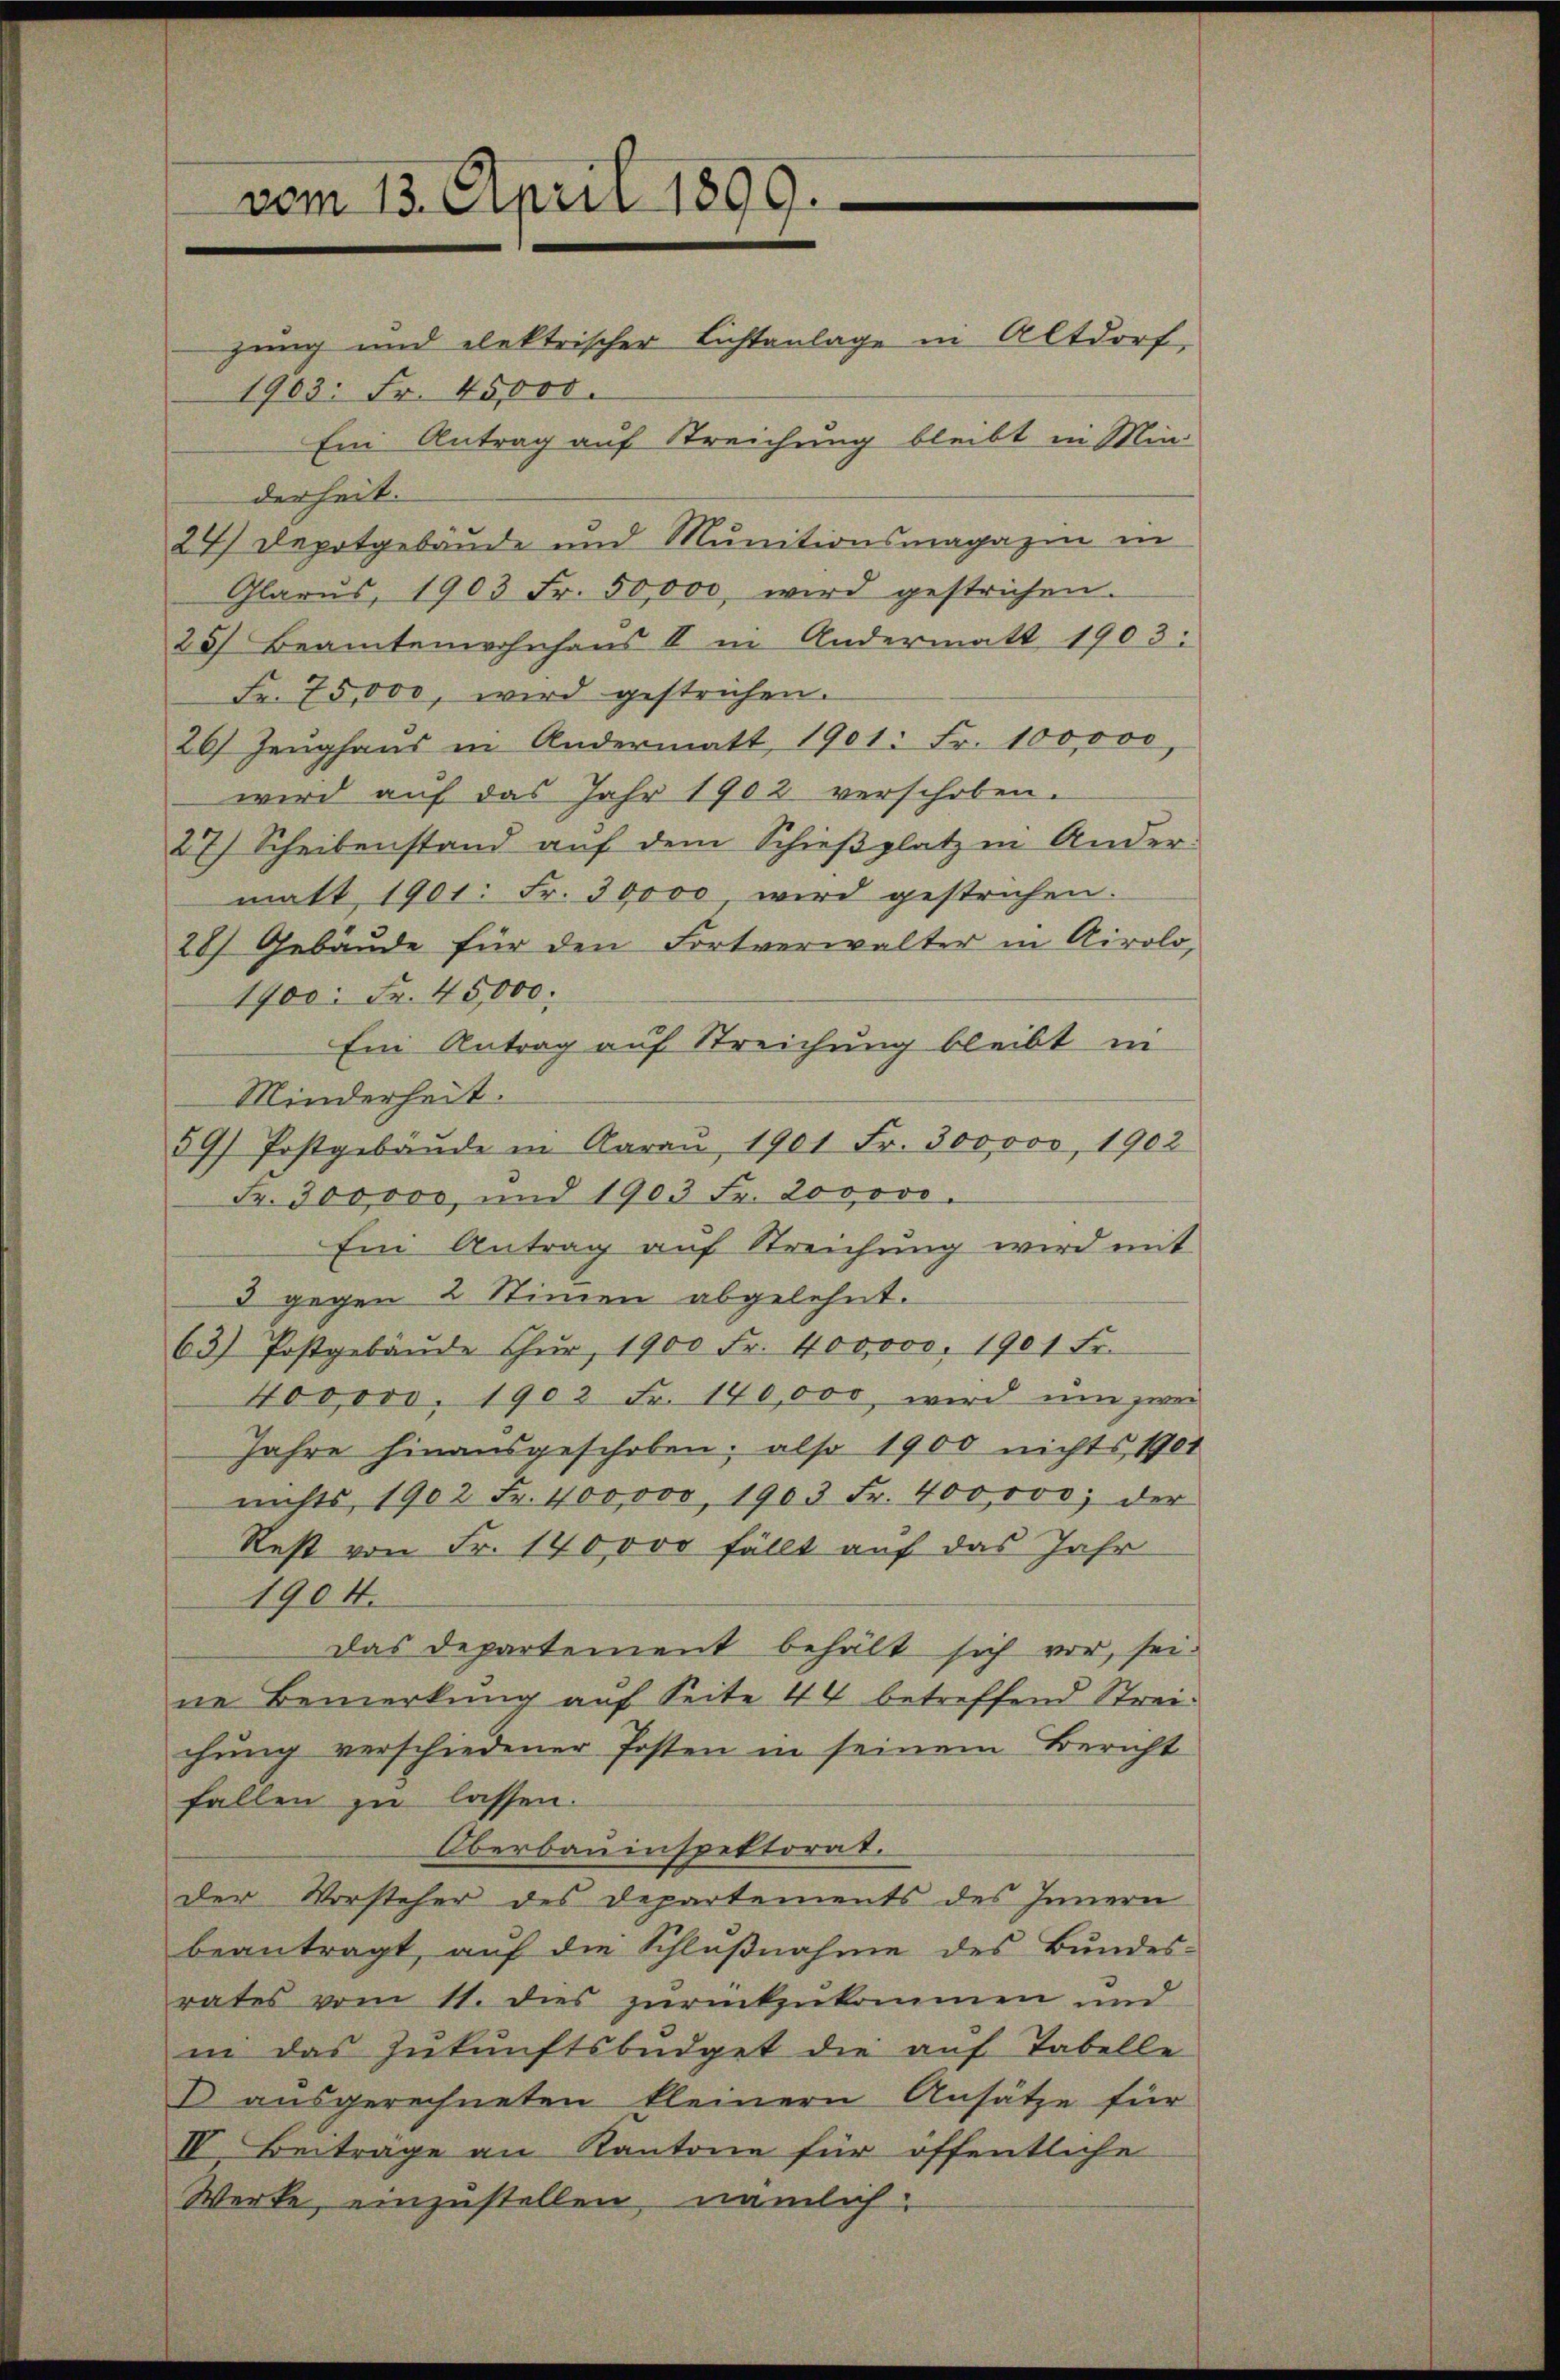
vom 13. April 1899.
zung und elektrischer Lichtanlage in Altdorf,
1903: Fr. 45,000.
Ein Antrag auf Streichung bleibt in Min

derheit.
24) Depotgebäude und Munitionsmagazin in
Glarus, 1903 Fr. 50,000, wird gestrichen.
25) Beamtenwohnhaus II in Andermatt 1903.
Fr. 75,000, wird gestrichen.
26) Zeughaus in Andermatt, 1901: Fr. 100,000
wird auf das Jahr 1902 verschoben.
27) Scheibenstand auf dem Schießplatz in Ander:
matt 1901: Fr. 30000 wird gestrichen.
28) Gebäŭde für den Fortverwalter in Airolo,
1900. Fr. 45,000.
Ein Antrag auf Streichung bleibt in
Minderheit.
59/ Postgebäŭde in Aarau 1901 Fr. 300,000, 1902
Fr. 300,000, und 1903 Fr. 200,000.
Ein Antrag auf Streichung wird mit
3 gegen 2 Stimmen abgelehnt.
63) Postgebäŭde Chŭr, 1900 Fr. 400000. 1901 Fr.
400000. 1902 Fr. 140,000, wird ŭm zwei
Jahre hinausgeschoben; also 1900 nichts 1901
nichts 1902 Fr. 400,000, 1903 Fr. 400,000, der
Rest von Fr. 140000 fällt auf das Jahr
1904.
Das Departement behält sich vor, sei
ne Bemerkung auf Seite 44 betreffend Streichung verschiedener Posten in seinem Bericht
fallen zu lassen.
Oberbauinspektorat.
der Vorsteher des Departements des Innern
beantragt, auf die Schlußnahme des Bundes-
rates vom 11. dies zŭrückzŭkommen und
in das Zukunftsbŭdget die auf Tabelle
I ausgerechneten kleinern Ansätze für
IV. Beiträge an Kantone für öffentliche
Werke, einzustellen, nämlich